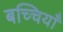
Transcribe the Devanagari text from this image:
बच्चियाँ